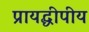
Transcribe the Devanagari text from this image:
प्रायद्धीपीय